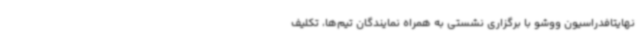
نهایتافدراسیون ووشو با برگزاری نشستی به همراه نمایندگان تیم‌ها، تکلیف